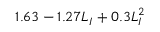
1 . 6 3 - 1 . 2 7 L _ { I } + 0 . 3 L _ { I } ^ { 2 }